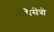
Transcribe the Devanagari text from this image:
पैसेंत्रो